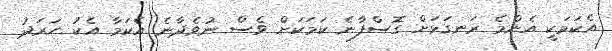
އެކަމަކީ އެންމެ ރަނގަޅަށް ގޮސްފާނެ ކަމަކަށް ވެސް ނުވެދާނެ އެކަމާ އެކު ހަރަދު